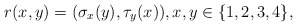
\begin{align*}r(x,y)=(\sigma_x(y),\tau_y(x)),x,y\in\{1,2,3,4\},\end{align*}